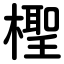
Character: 檉